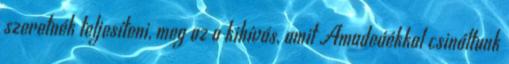
szeretnék teljesíteni, meg az a kihívás, amit Amadeáékkal csináltunk